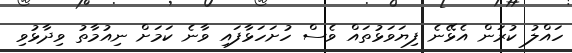
ހައްލު ކުރަން އެޅޭނެ ފިޔަވަޅުތައް ވެސް ހުށަހަޅާފައި ވާނެ ކަމަށް ނިއުމާތު ވިދާޅުވި